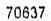
70637